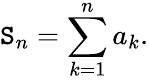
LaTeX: \mathtt{S}_{n}=\sum_{k=1}^{n}a_{k}.